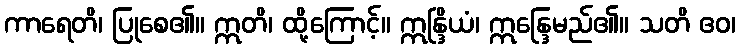
ကာရေတိ၊ ပြုစေ၏။ ဣတိ၊ ထို့ကြောင့်။ ဣန္ဒြိယံ၊ ဣန္ဒြေမည်၏။ သတိ ဧဝ၊